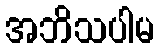
အဘိသပါမ